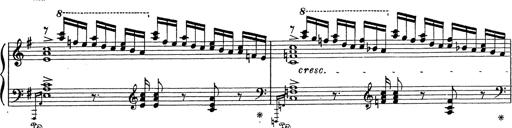
Title: Grosses Konzertsolo
Composer: Franz Liszt